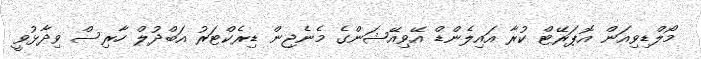
މޯލްޑިވިއަން އޮޕަރޭޓް ކުރާ އައިލެންޑް އޭވިއޭޝަންގެ މެނެޖިން ޑިރެކްޓަރު އަބްދުލް ހާރިސް ވިދާޅުވީ